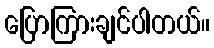
ပြောကြားချင်ပါတယ်။